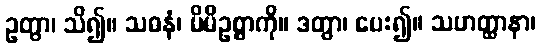
ဥတွာ၊ သိ၍။ သဓနံ၊ မိမိဥစ္စာကို။ ဒတွာ၊ ပေး၍။ သဟတ္ထာနာ၊